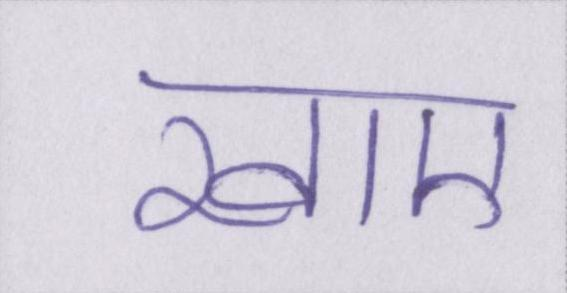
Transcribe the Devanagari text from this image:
खाए